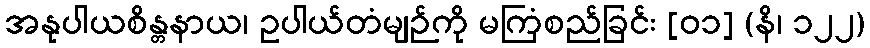
အနုပါယစိန္တနာယ၊ ဥပါယ်တံမျဉ်ကို မကြံစည်ခြင်း [၀၁] (နိ၊ ၁၂၂)